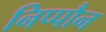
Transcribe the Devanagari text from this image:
निप्पौन